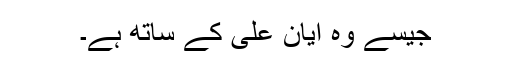
جیسے وہ ایان علی کے ساتھ ہے۔